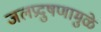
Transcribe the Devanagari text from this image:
जलप्रदुषणामुळे